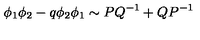
\phi _ { 1 } \phi _ { 2 } - q \phi _ { 2 } \phi _ { 1 } \sim P Q ^ { - 1 } + Q P ^ { - 1 }